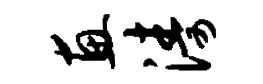
惠涛